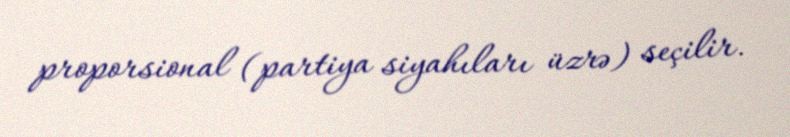
proporsional (partiya siyahıları üzrə) seçilir.